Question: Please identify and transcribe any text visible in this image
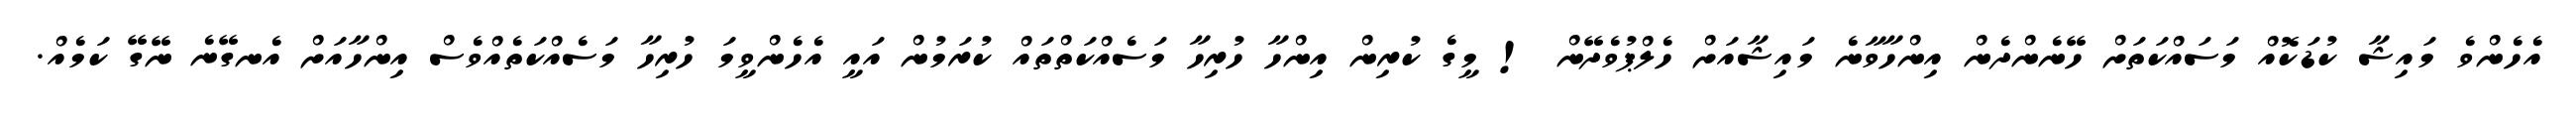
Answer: އެހެންވެ މައިޝާ ކުޑަކޮއް މަސައްކަތަށް ހޭނެންދެން އިންހާވާނެ މައިޝާއަށް ހެލްޕުވެދޭން ! މީގެ ކުރިން އިންހާ ހުރިހާ މަސެއްކަތްތައް ކުރަމުން އައީ އެހެންވީމަ ހުރިހާ މަސެއްކަތެއްވެސް އިންހާއަށް އެނގޭނެ ނޭގޭ ކަމެއް.